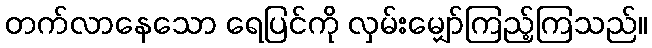
တက်လာနေသော ရေပြင်ကို လှမ်းမျှော်ကြည့်ကြသည်။